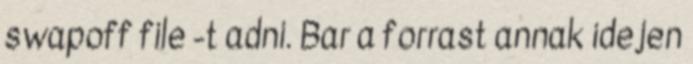
swapoff file -t adni. Bar a forrast annak idejen